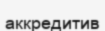
аккредитив